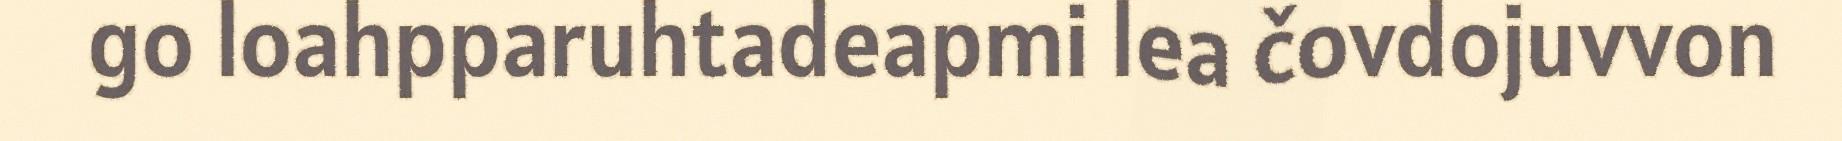
go loahpparuhtadeapmi lea čovdojuvvon